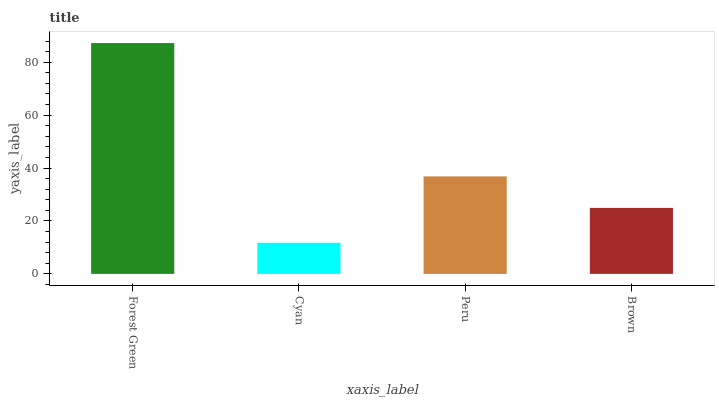
| xaxis_label | bars |
 | --- | --- |
 | Forest Green | 87.2 |
 | Cyan | 11.8 |
 | Peru | 36.8 |
 | Brown | 24.9 |